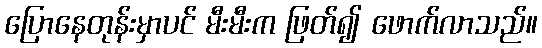
ပြောနေတုန်းမှာပင် မီးမီးက ဖြတ်၍ ဖောက်လာသည်။